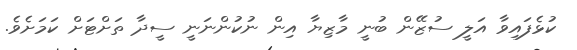
ކުޅެފައިވާ އަލީ ސުޒޭން ބުނީ މާޒިޔާ އިން ނުކުންނަނީ ސީދާ ތަށްޓަށް ކަމަށެވެ.